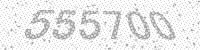
Solution: 555700